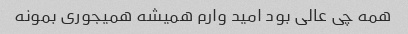
همه چی عالی بود امید وارم همیشه همیجوری بمونه